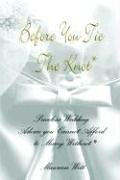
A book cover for Before You Tie the KnotÂ®: Priceless Wedding Advice you Cannot Afford to Marry Without; Maureen Witt; Crafts, Hobbies & Home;